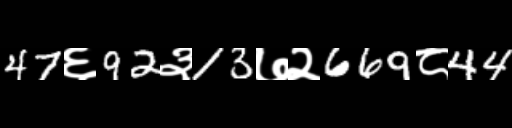
Text: 47६92३13७२669८44